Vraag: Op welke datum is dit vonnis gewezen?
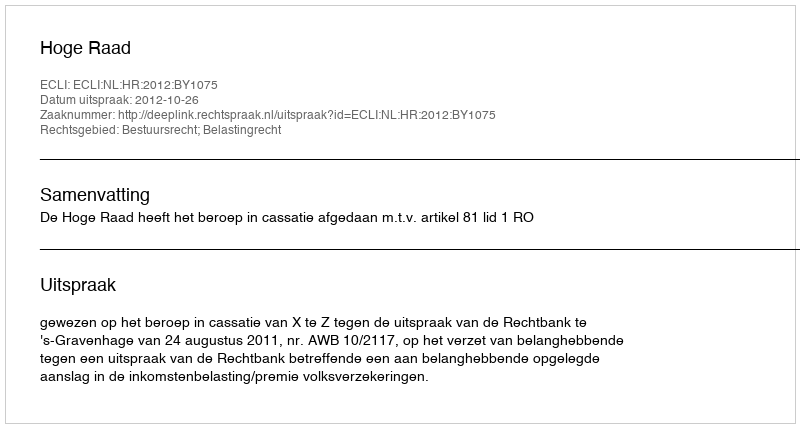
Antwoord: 2012-10-26